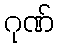
ဂုဏ်